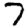
Digit: 7